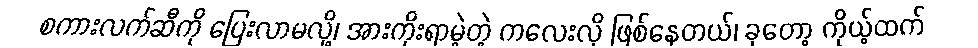
စကားလက်ဆီကို ပြေးလာမလို့၊ အားကိုးရာမဲ့တဲ့ ကလေးလို ဖြစ်နေတယ်၊ ခုတော့ ကိုယ့်ထက်